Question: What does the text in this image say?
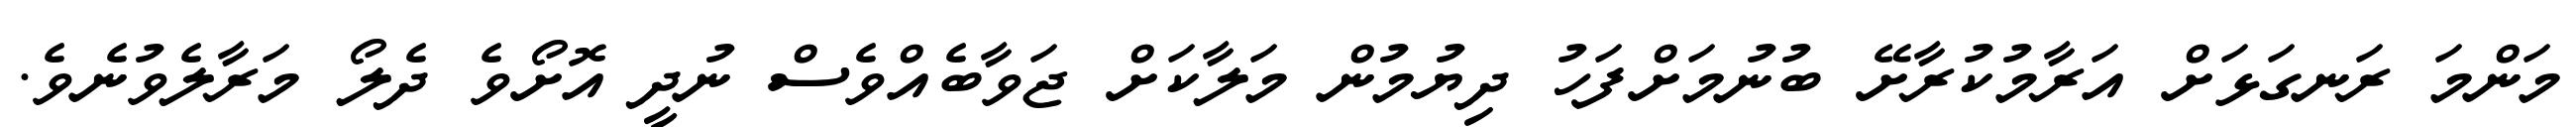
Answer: މަންމަ ރަނގަޅަށް އަރާމުކުރާށޭ ބުނުމަށްފަހު ދިޔުމުން މަލާކަށް ޖަވާބެއްވެސް ނުދީ އޮށޯވެ ދެލޯ މަރާލެވުނެވެ.